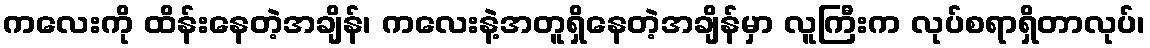
ကလေးကို ထိန်းနေတဲ့အချိန်၊ ကလေးနဲ့အတူရှိနေတဲ့အချိန်မှာ လူကြီးက လုပ်စရာရှိတာလုပ်၊